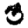
Digit: 3